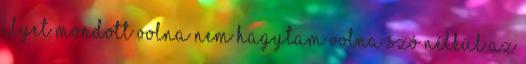
ilyet mondott volna nem hagytam volna szó nélkül az